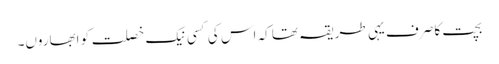
بچت کا صرف یہی طریقہ تھا کہ اس کی کسی نیک خصلت کو ابھاروں۔